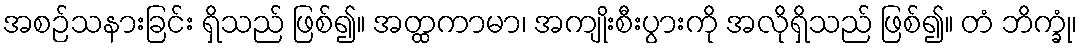
အစဉ်သနားခြင်း ရှိသည် ဖြစ်၍။ အတ္ထကာမာ၊ အကျိုးစီးပွားကို အလိုရှိသည် ဖြစ်၍။ တံ ဘိက္ခုံ၊